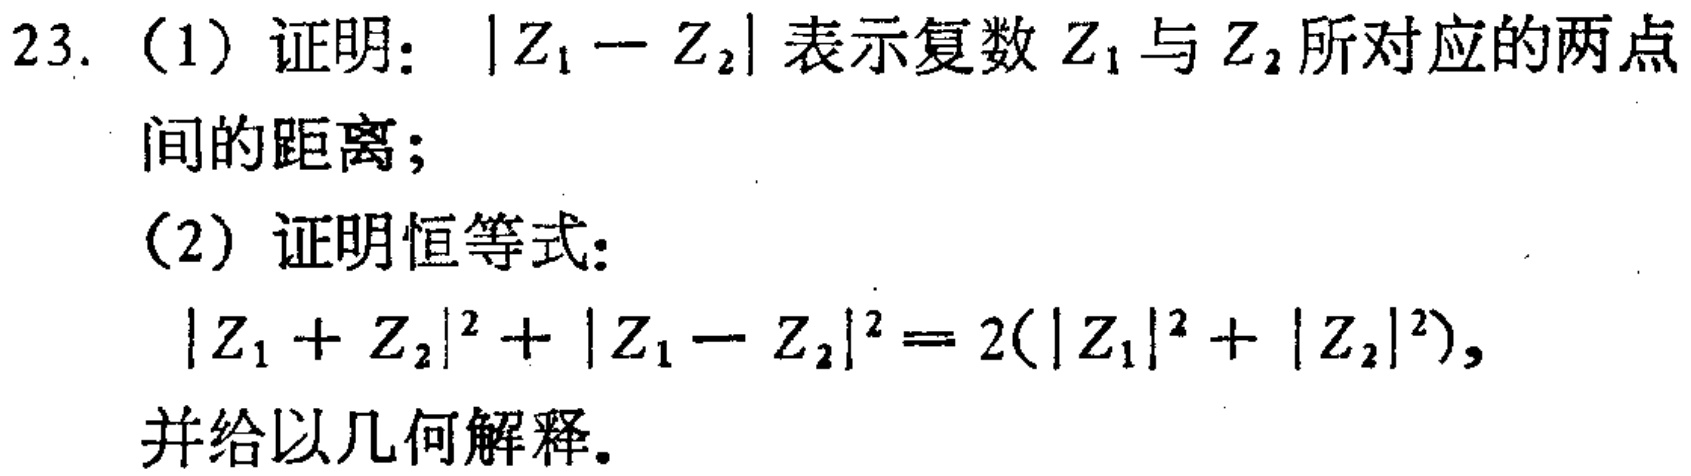
23. (1) 证明：\(\vert Z_{1}-Z_{2}\vert\) 表示复数 \(Z_{1}\) 与 \(Z_{2}\) 所对应的两点
间的距离；
(2) 证明恒等式：
\(\vert Z_{1}+Z_{2}\vert^{2}+\vert Z_{1}-Z_{2}\vert^{2}=2(\vert Z_{1}\vert^{2}+\vert Z_{2}\vert^{2})\)，
并给以几何解释。